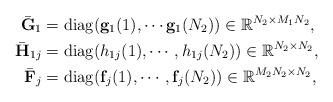
LaTeX: \begin{align*}\bar{\mathbf{G}}_1&=\operatorname{diag}(\mathbf{g}_1(1),\cdots\mathbf{g}_1(N_2))\in\mathbb{R}^{N_2\times M_1N_2},\\ \bar{\mathbf{H}}_{1j}&=\operatorname{diag}(h_{1j}(1),\cdots,h_{1j}(N_2))\in \mathbb{R}^{N_2\times N_2},\\\bar{\mathbf{F}}_j&=\operatorname{diag}(\mathbf{f}_j(1),\cdots,\mathbf{f}_j(N_2))\in\mathbb{R}^{M_2N_2\times N_2},\end{align*}